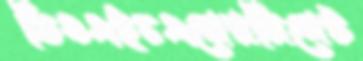
ডিওএইচএসেরসিলেট